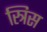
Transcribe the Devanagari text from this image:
स्त्रिस